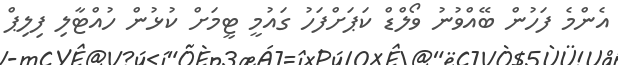
އެންމެ ފަހުން ބޭއްވުނު ވޯލްޑް ކަޕަށްފަހު ގައުމީ ޓީމަށް ކުޅުން ހުއްޓާލި ފިލިޕް